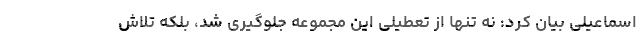
اسماعیلی بیان کرد: نه تنها از تعطیلی این مجموعه جلوگیری شد، بلکه تلاش